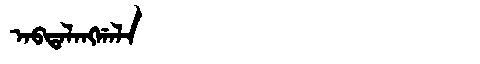
Manchu: ᠠᠪᡨᠠᠯᠠᠩᡤᠠᠯᠠ
Romanization: ABTALANGGALA